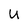
Character: u